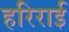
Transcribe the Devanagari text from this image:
हरिराई